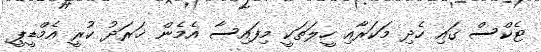
ޓެކްސް ގައި ހެދި މަކަރާއި ހީލަތަކީ މިފައިސާ އެމެން ޚަރަދު ކުރީ އެމްޑީޕީ